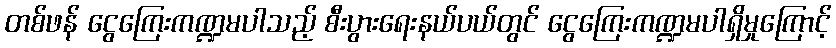
တစ်ဖန် ငွေကြေးကဏ္ဍမပါသည့် စီးပွားရေးနယ်ပယ်တွင် ငွေကြေးကဏ္ဍမပါရှိမှုကြောင့်